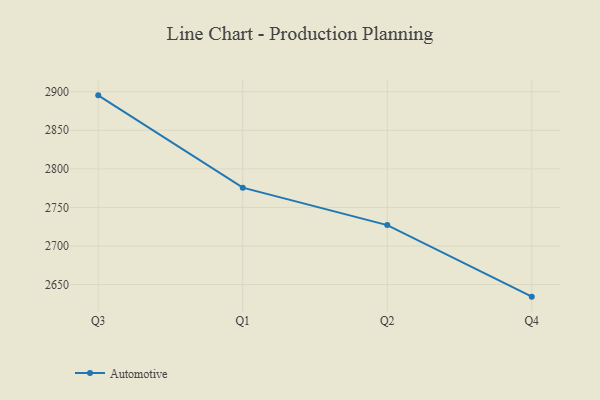
{"axis": {"x": "Quarter", "y": "Page Views"}, "legend": ["Automotive"], "data": [{"x": "Q3", "y": 2895.3, "type": "Automotive"}, {"x": "Q1", "y": 2775.6, "type": "Automotive"}, {"x": "Q2", "y": 2727.1, "type": "Automotive"}, {"x": "Q4", "y": 2634.3, "type": "Automotive"}]}